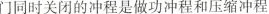
门同时关闭的冲程是故功冲程和压缩冲程